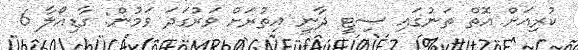
ކުރިއަށް އޮތް ތަނުގައި ސިޓީ ދާނީ އިތުރަށް ވަރުގަދަ ވަމުން: ގާޑިއޯލާ 6